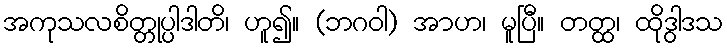
အကုသလစိတ္တုပ္ပါဒါတိ၊ ဟူ၍။ (ဘဂဝါ) အာဟ၊ မူပြီ။ တတ္ထ၊ ထိုဒွါဒသ